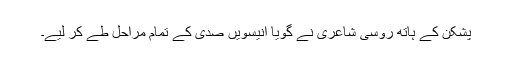
پشکن کے ہاتھ روسی شاعری نے گویا انیسویں صدی کے تمام مراحل طے کر لیے۔